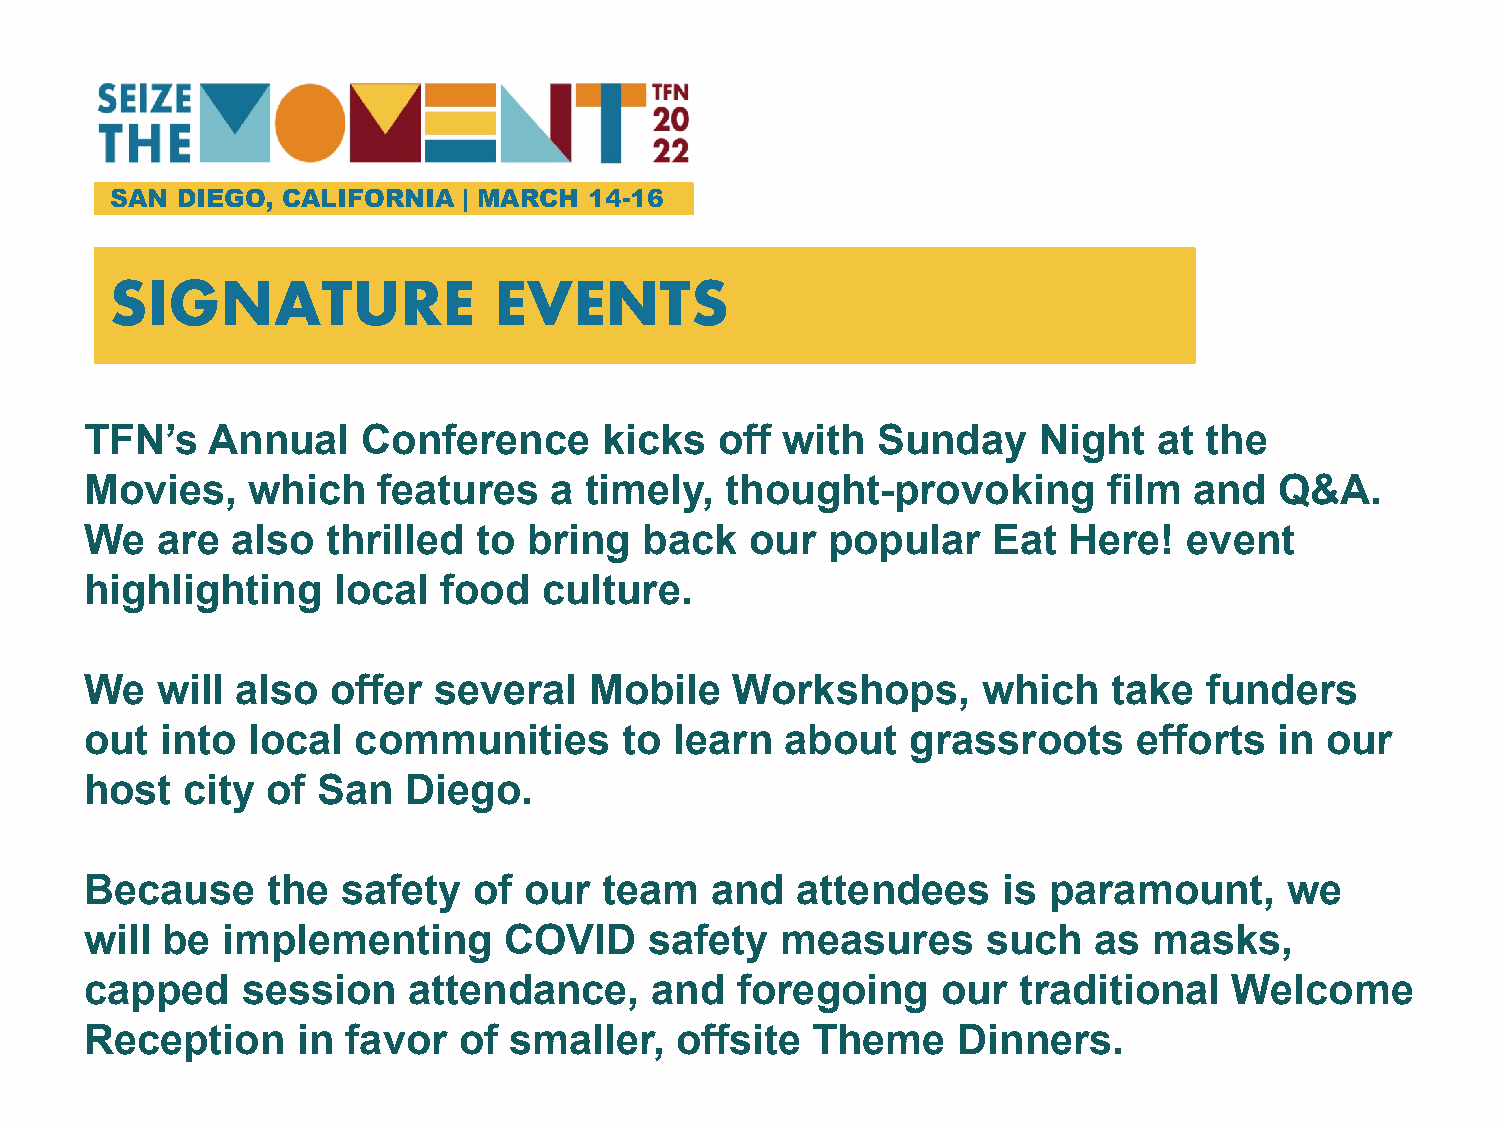
SAN  DIEGO, CALIFORNIA  | MARCH 14-16
 SIGNATURE                 EVENTS
 TFN’s   Annual    Conference      kicks   off with  Sunday     Night   at the
 Movies,   which    features   a  timely,  thought-provoking        film  and   Q&A.
 We  are  also   thrilled  to bring   back   our  popular    Eat  Here!   event
 highlighting    local  food   culture.
 We  will  also  offer  several   Mobile   Workshops,       which    take  funders
 out  into local  communities       to  learn  about   grassroots     efforts   in our
 host  city  of San   Diego.
 Because     the  safety  of  our  team   and   attendees    is paramount,      we
 will be  implementing      COVID     safety   measures     such   as  masks,
 capped    session    attendance,     and   foregoing    our  traditional    Welcome
 Reception     in favor  of  smaller,   offsite  Theme    Dinners.